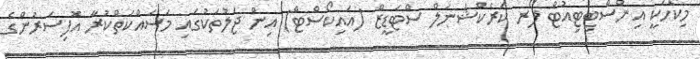
މިކޯހަކީ އިންސްޓިޓިއުޓް ފޯރ ކަރެކްޝަނަލް ސްޓަޑީޒް (އައިކޯސްޓް) އިން ޖަލުތަކުގައި މަސައްކަތްކުރާ އޮފިސަރުންގެ